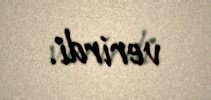
verirdi.